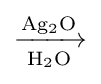
\mathrm {\xrightarrow[{H_{2}O}]{Ag_{2}O}}